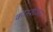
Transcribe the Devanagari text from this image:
कॉनशीअस